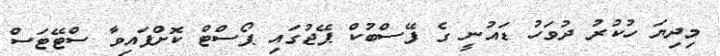
މިދިޔަ ހުކުރު ދުވަހު ޑައުނީ ގެ ފޭސްބުކް ޕޭޖުގައި ޕޯސްޓް ކޮށްފައިވާ ސްޓޭޓަސް